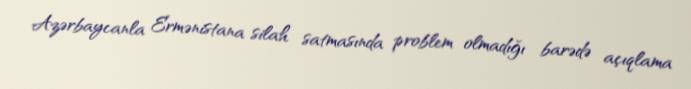
Azərbaycanla Ermənistana silah satmasında problem olmadığı barədə açıqlama